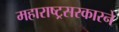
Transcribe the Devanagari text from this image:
महाराष्ट्रसरकारने